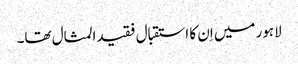
لاہور میں اِن کا استقبال فقیدالمثال تھا۔